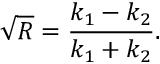
{ \sqrt { R } } = { \frac { k _ { 1 } - k _ { 2 } } { k _ { 1 } + k _ { 2 } } } .